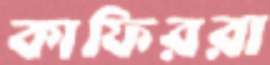
কাফিররা